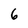
Character: 6